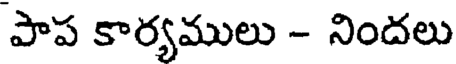
పాప కార్యములు - నిందలు